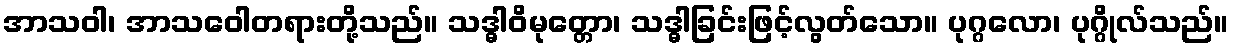
အာသဝါ၊ အာသဝေါတရားတို့သည်။ သဒ္ဓါဝိမုတ္တော၊ သဒ္ဓါခြင်းဖြင့်လွတ်သော။ ပုဂ္ဂလော၊ ပုဂ္ဂိုလ်သည်။